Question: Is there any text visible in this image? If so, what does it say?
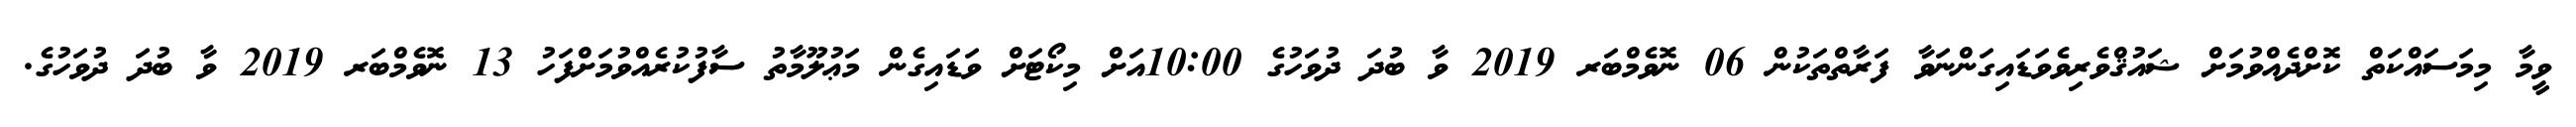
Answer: ވީމާ މިމަސައްކަތް ކޮށްދެއްވުމަށް ޝައުޤްވެރިވެވަޑައިގަންނަވާ ފަރާތްތަކުން 06 ނޮވެމްބަރ 2019 ވާ ބުދަ ދުވަހުގެ 10:00އަށް މިކޯޓަށް ވަޑައިގެން މަޢުލޫމާތު ސާފުކުރެއްވުމަށްފަހު 13 ނޮވެމްބަރ 2019 ވާ ބުދަ ދުވަހުގެ.